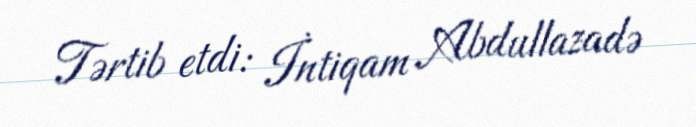
Tərtib etdi: İntiqam Abdullazadə